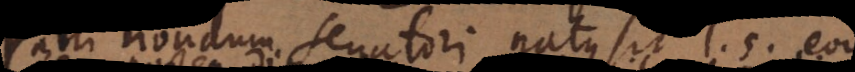
Patri nondum Senatori natus sit l. 5. eod.